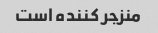
منزجر کننده است